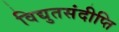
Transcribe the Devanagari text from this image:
विद्युतसंदीप्ति